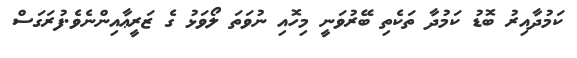
ކަމުދާއިރު ބޮޑު ކަމުދާ ތަކެތި ބޭރުވަނީ މިހޮއި ނުވަތަ ލޯވަޅު ގެ ޒަރީޢާއިންނެވެ.ފުރަގަސް